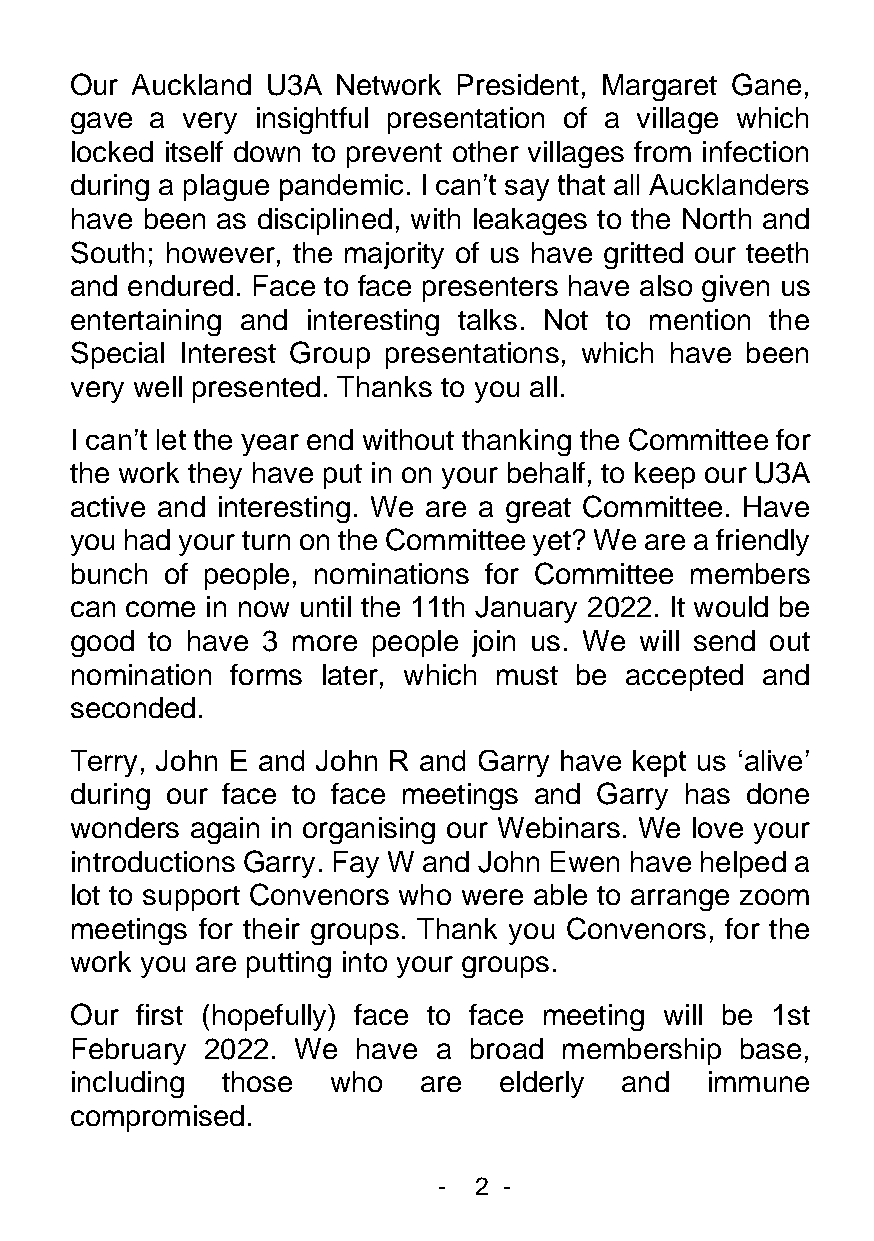
Our Auckland U3A Network President, Margaret Gane,
 gave a very insightful presentation of a village which
 locked itself down to prevent other villages from infection
 during a plague pandemic. I can’t say that all Aucklanders
 have been as disciplined, with leakages to the North and
 South; however, the majority of us have gritted our teeth
 and endured. Face to face presenters have also given us
 entertaining and interesting talks. Not to mention the
 Special Interest Group presentations, which have been
 very well presented. Thanks to you all.
 I can’t let the year end without thanking the Committee for
 the work they have put in on your behalf, to keep our U3A
 active and interesting. We are a great Committee. Have
 you had your turn on the Committee yet? We are a friendly
 bunch of people, nominations for Committee members
 can come in now until the 11th January 2022. It would be
 good to have 3 more people join us. We will send out
 nomination forms later, which must be accepted and
 seconded.
 Terry, John E and John R and Garry have kept us ‘alive’
 during our face to face meetings and Garry has done
 wonders again in organising our Webinars. We love your
 introductions Garry. Fay W and John Ewen have helped a
 lot to support Convenors who were able to arrange zoom
 meetings for their groups. Thank you Convenors, for the
 work you are putting into your groups.
 Our first (hopefully) face to face meeting will be 1st
 February 2022. We  have a broad membership  base,
 including those  who   are  elderly and   immune
 compromised.
 - 2 -